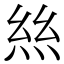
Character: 𢇁